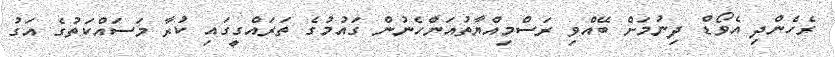
ރެހެންދި އެވޯޑް ދިނުމަށް ބޭއްވި ރަސްމިއްޔާތުއަންހެނުން ގައުމުގެ ތަރައްގީގައި ކުރާ މަސައްކަތުގެ އަގު